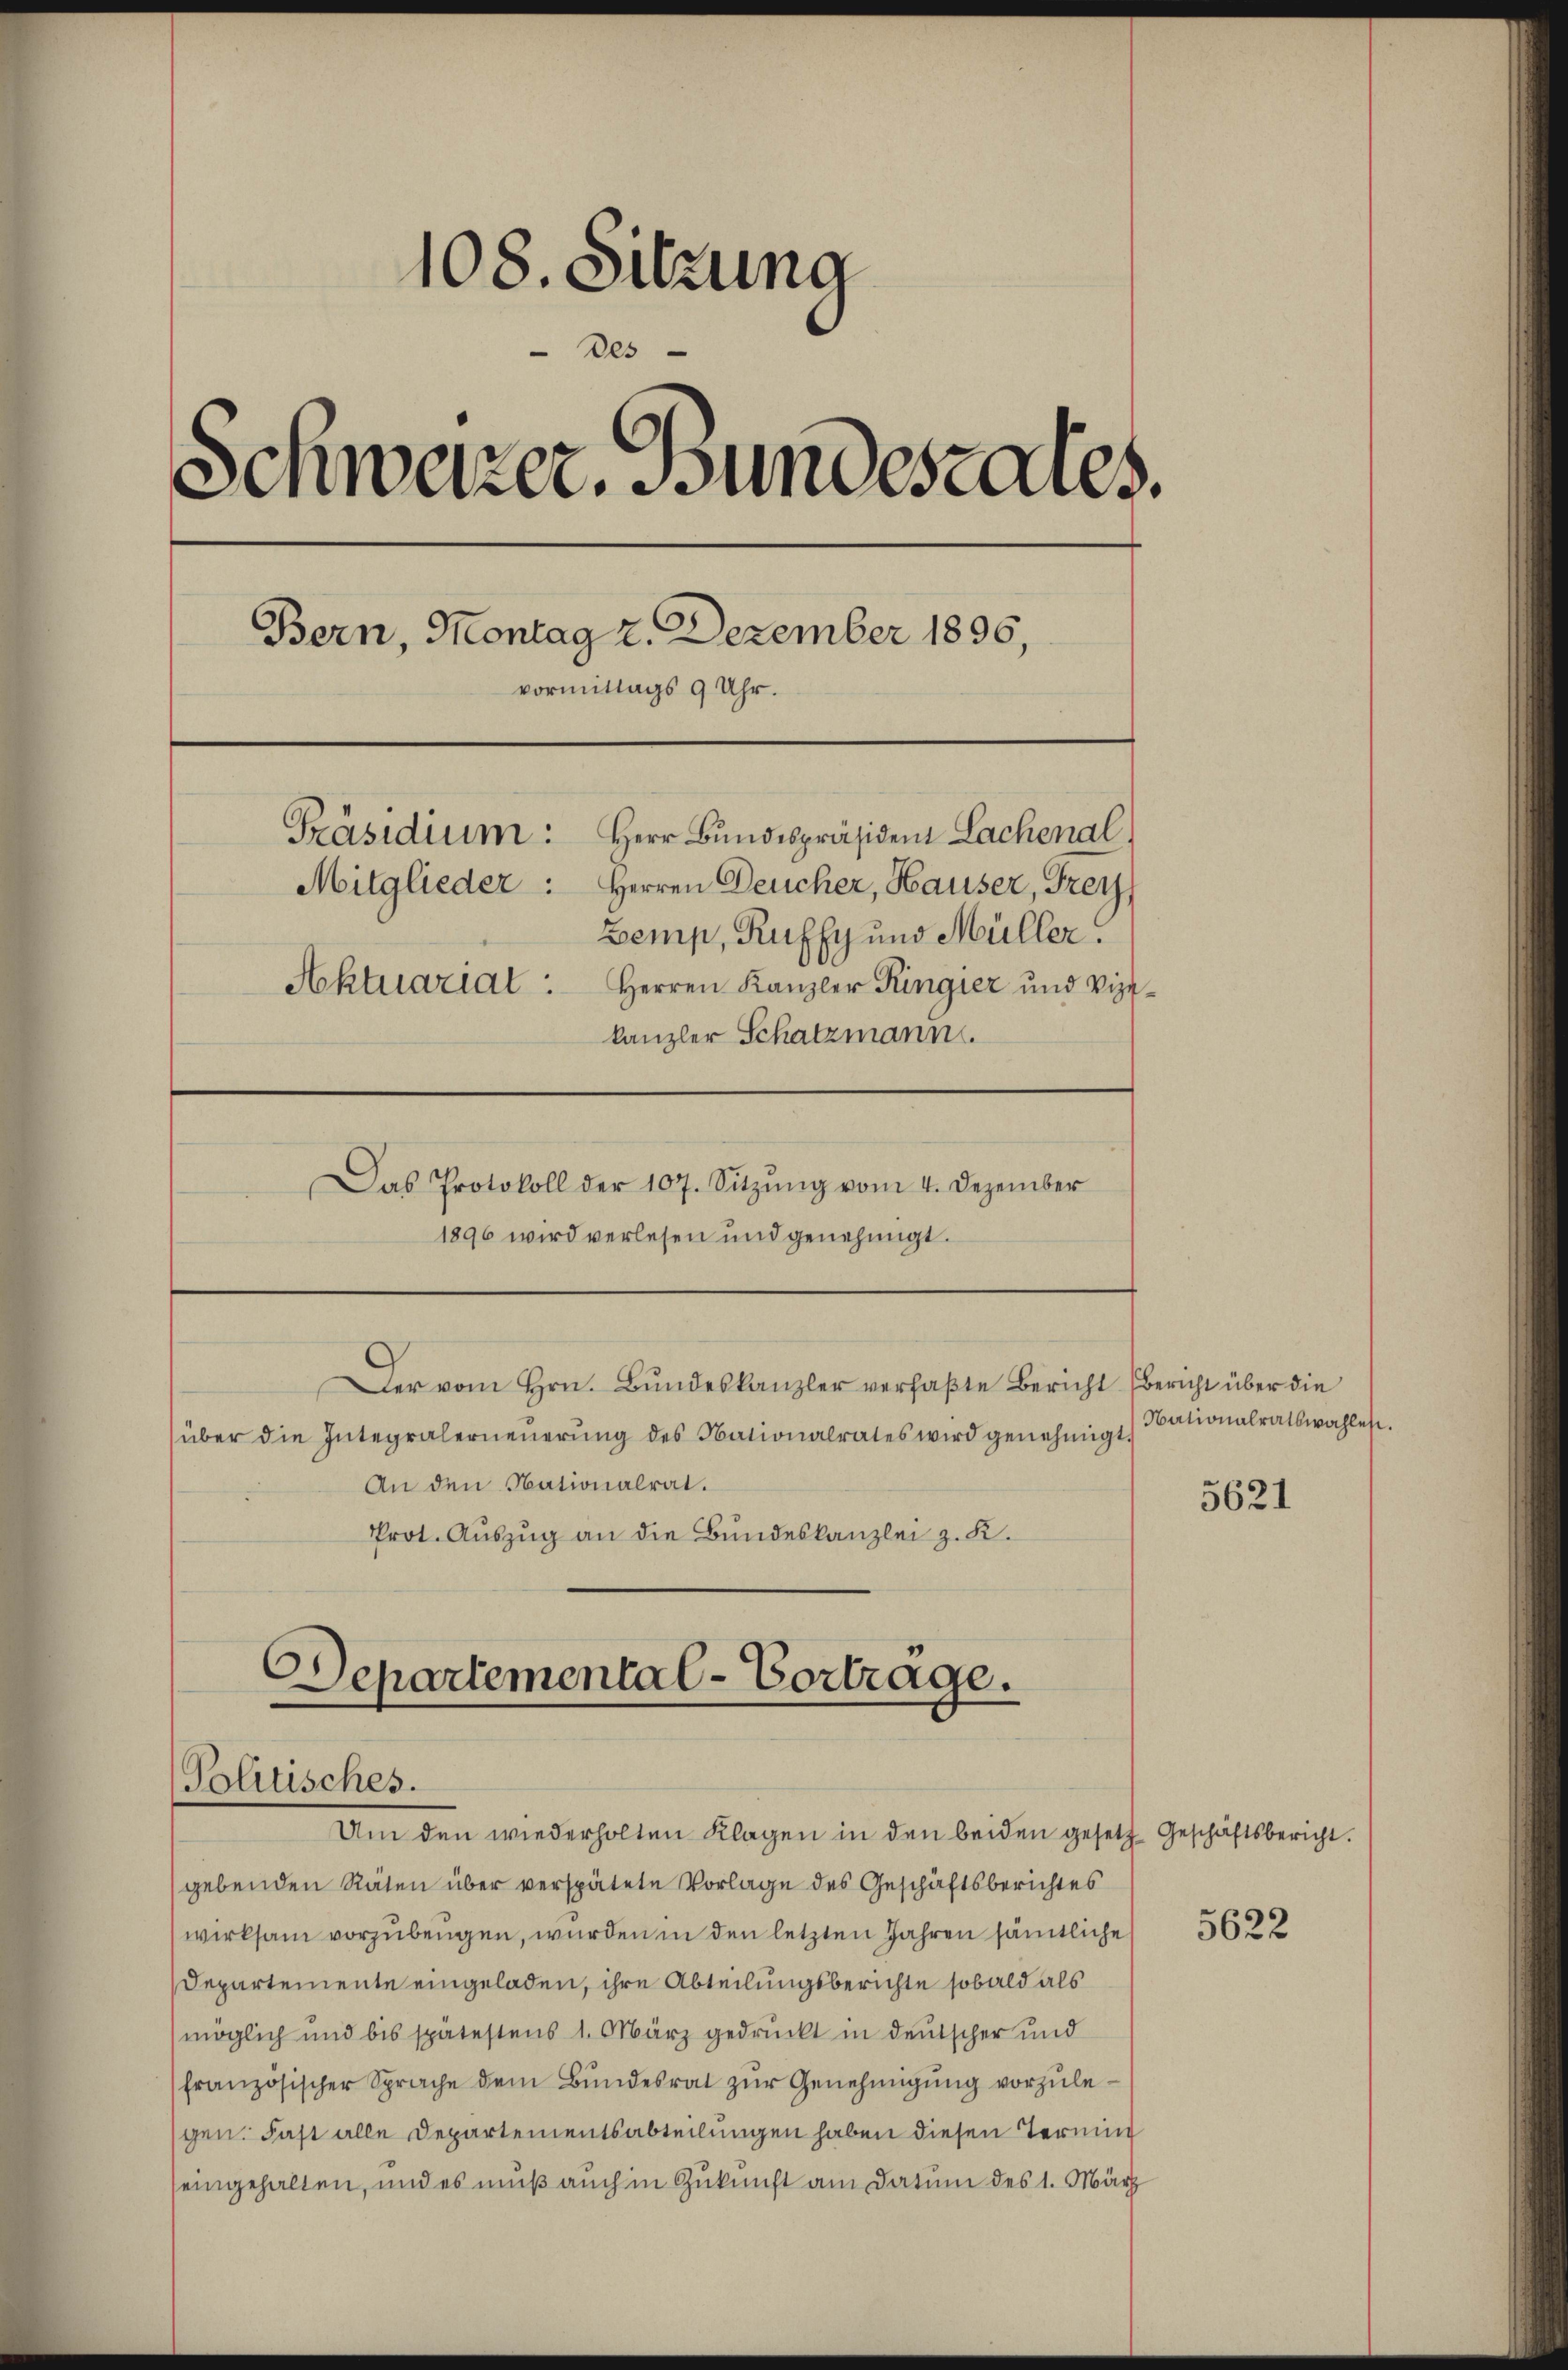
108. Sitzung
Des
Schweizer. Bundesrates.
Bern, Montag 2. Dezember 1896
vormittags 9 Uhr.
Präsidium: Herr Bundespräsident Lachenal
Mitglieder: Herren Deucher, Hauser, Frey
Bemp, Ruffy und Müller.
Aktuarial: Herren Kanzler Ringier und Vizekanzler Schatzmann.

Das Protokoll der 107. Sitzŭng vom 4. Dezember
1896 wird verlesen und genehmigt.

Der vom Hrn. Bundeskanzler verfaßte Bericht Bericht über die
über die Integralerneŭerŭng des Nationalrates wird genehmigt.

Departemental-Vortrage.
Politisches.

An den Nationalrat.
Prot. Auszug an die Bundeskanzlei z. K.

Um den wiederholten Klagen in den beiden gesetz
gebenden Räten über verspätete Vorlage des Geschäftsberichtes
wirksam vorzubeugen, wurden in den letzten Jahren sämtliche
Departemente eingeladen, ihre Abteilungsberichte sobald als
möglich und bis spätestens 1. März gedruckt in deutscher und
französischer Sprache dem Bundesrat zur Genehmigung vorzulegen. Fast alle Departementsabteilungen haben diesen Termin
eingehalten, und es muß auch in Zukunft am Datum des 1. März

Nationalratswahlen.

5621

Geschäftsbericht.

5622